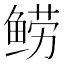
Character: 𬶗